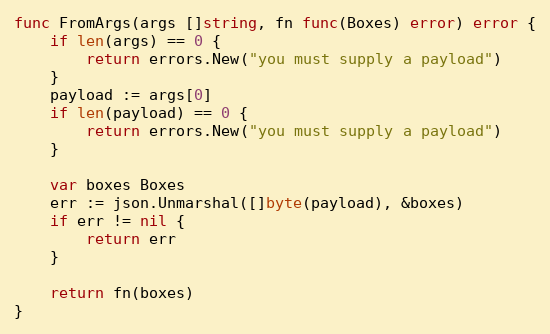
Language: Go
func FromArgs(args []string, fn func(Boxes) error) error {
	if len(args) == 0 {
		return errors.New("you must supply a payload")
	}
	payload := args[0]
	if len(payload) == 0 {
		return errors.New("you must supply a payload")
	}

	var boxes Boxes
	err := json.Unmarshal([]byte(payload), &boxes)
	if err != nil {
		return err
	}

	return fn(boxes)
}